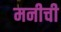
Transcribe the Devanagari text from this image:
मनीची